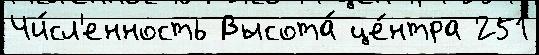
Чи́сл'енность Высота́ це́нтра 251